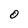
Character: 0